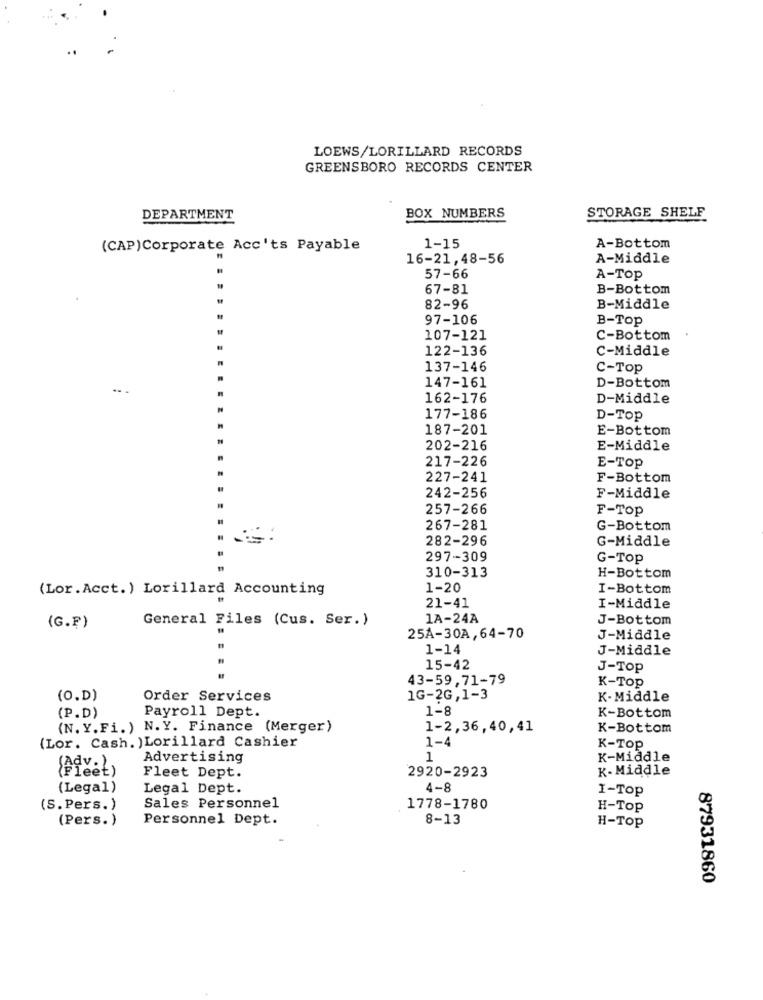
LOEWS/LORILLARD RECORDS
GREENSBORO RECORDS CENTER
BOX NUMBERS
DEPARTMENT
STORAGE SHELF
(CAP)Corporate Acc'ts Payable
1-15
A-Bottom
16-21,48-56
A-Middle
57-66
A-Top
67-81
B-Bottom
82-96
B-Middle
97-106
B-Top
107-121
C-Bottom
122-136
C-Middle
137-146
C-Top
147-161
D-Bottom
162-176
D-Middle
177-186
D-Top
187-201
E-Bottom
202-216
E-Middle
217-226
E-Top
227-241
F-Bottom
242-256
F-Middle
257-266
F-Top
267-281
G-Bottom
282-296
G-Middle
297-309
G-Top
310-313
H-Bottom
(Lor.Acct. ) Lorillard Accounting
1-20
I-Bottom
21-41
I-Middle
General Files (Cus. Ser.)
1A-24A
J-Bottom
(G.F)
25A-30A, 64-70
J-Middle
1-14
J-Middle
15-42
J-Top
43-59,71-79
K-Top
(O.D)
Order Services
1G-2G,1-3
K-Middle
Payroll Dept.
1-8
(P.D)
K-Bottom
(N. Y.Fi.) N.Y. Finance (Merger)
1-2,36,40,41
K-Bottom
1-4
(Lor. Cash. ) Lorillard Cashier
K-Top
Advertising
1
K-Middle
(Advet)
2920-2923
K-Middle
Fleet Dept.
(Legal)
Legal Dept.
1-8
I-Top
(S.Pers.)
Sales Personnel
1778-1780
H-Top
(Pers.)
Personnel Dept.
8-13
H-TOP
87931860